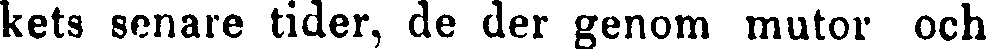
kets senare tider, de der genom mutor och